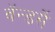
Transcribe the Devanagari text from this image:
वॅन्डर्से